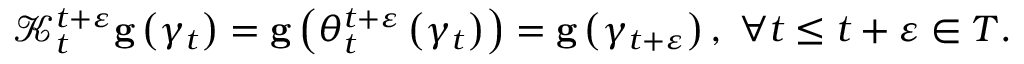
\begin{array} { r } { \mathcal { K } _ { t } ^ { t + \varepsilon } \mathbf { g } \left( \gamma _ { t } \right) = \mathbf { g } \left( \theta _ { t } ^ { t + \varepsilon } \left( \gamma _ { t } \right) \right) = \mathbf { g } \left( \gamma _ { t + \varepsilon } \right) , \; \forall t \leq t + \varepsilon \in T . } \end{array}